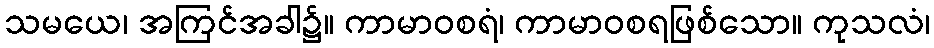
သမယေ၊ အကြင်အခါ၌။ ကာမာဝစရံ၊ ကာမာဝစရဖြစ်သော။ ကုသလံ၊